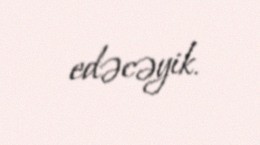
edəcəyik.